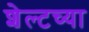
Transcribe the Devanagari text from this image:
शेल्टच्या